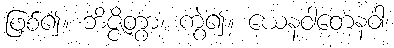
ဖြစ်၍။ ဘိဇ္ဇိတွာ၊ ကွဲ၍။ ယေနဝါတေနဝါ၊